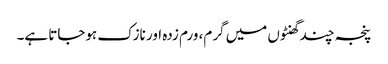
پنجہ چند گھنٹوں میں گرم، ورم زدہ اور نازک ہوجاتا ہے۔